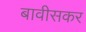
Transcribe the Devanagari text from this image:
बावीसकर